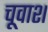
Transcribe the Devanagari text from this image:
चूवाश